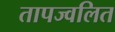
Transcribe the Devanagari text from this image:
तापज्वलित